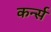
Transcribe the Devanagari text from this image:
कर्न्‍स